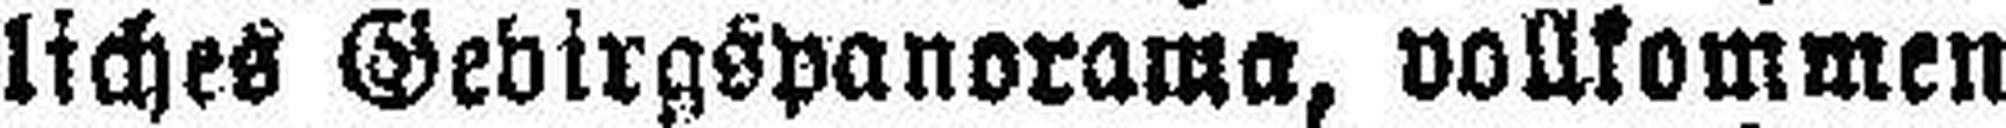
liches Gebirgspanorama, vollkommen